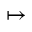
\mapsto